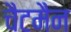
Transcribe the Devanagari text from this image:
चैटमैन